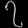
Digit: ၇